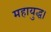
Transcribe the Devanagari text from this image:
महायुद्ध।